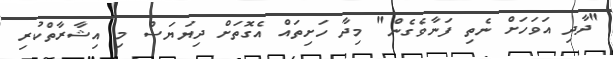
"ދާދި އަވަހަށް ނެތި ފަނާވެގެން" މިދާ ހަށިތައް އެގޮތަށް ދިޔަޔަސް މި އިޝާރާތްކުރި